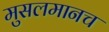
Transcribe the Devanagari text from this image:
मुसलमानच